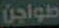
طواجن